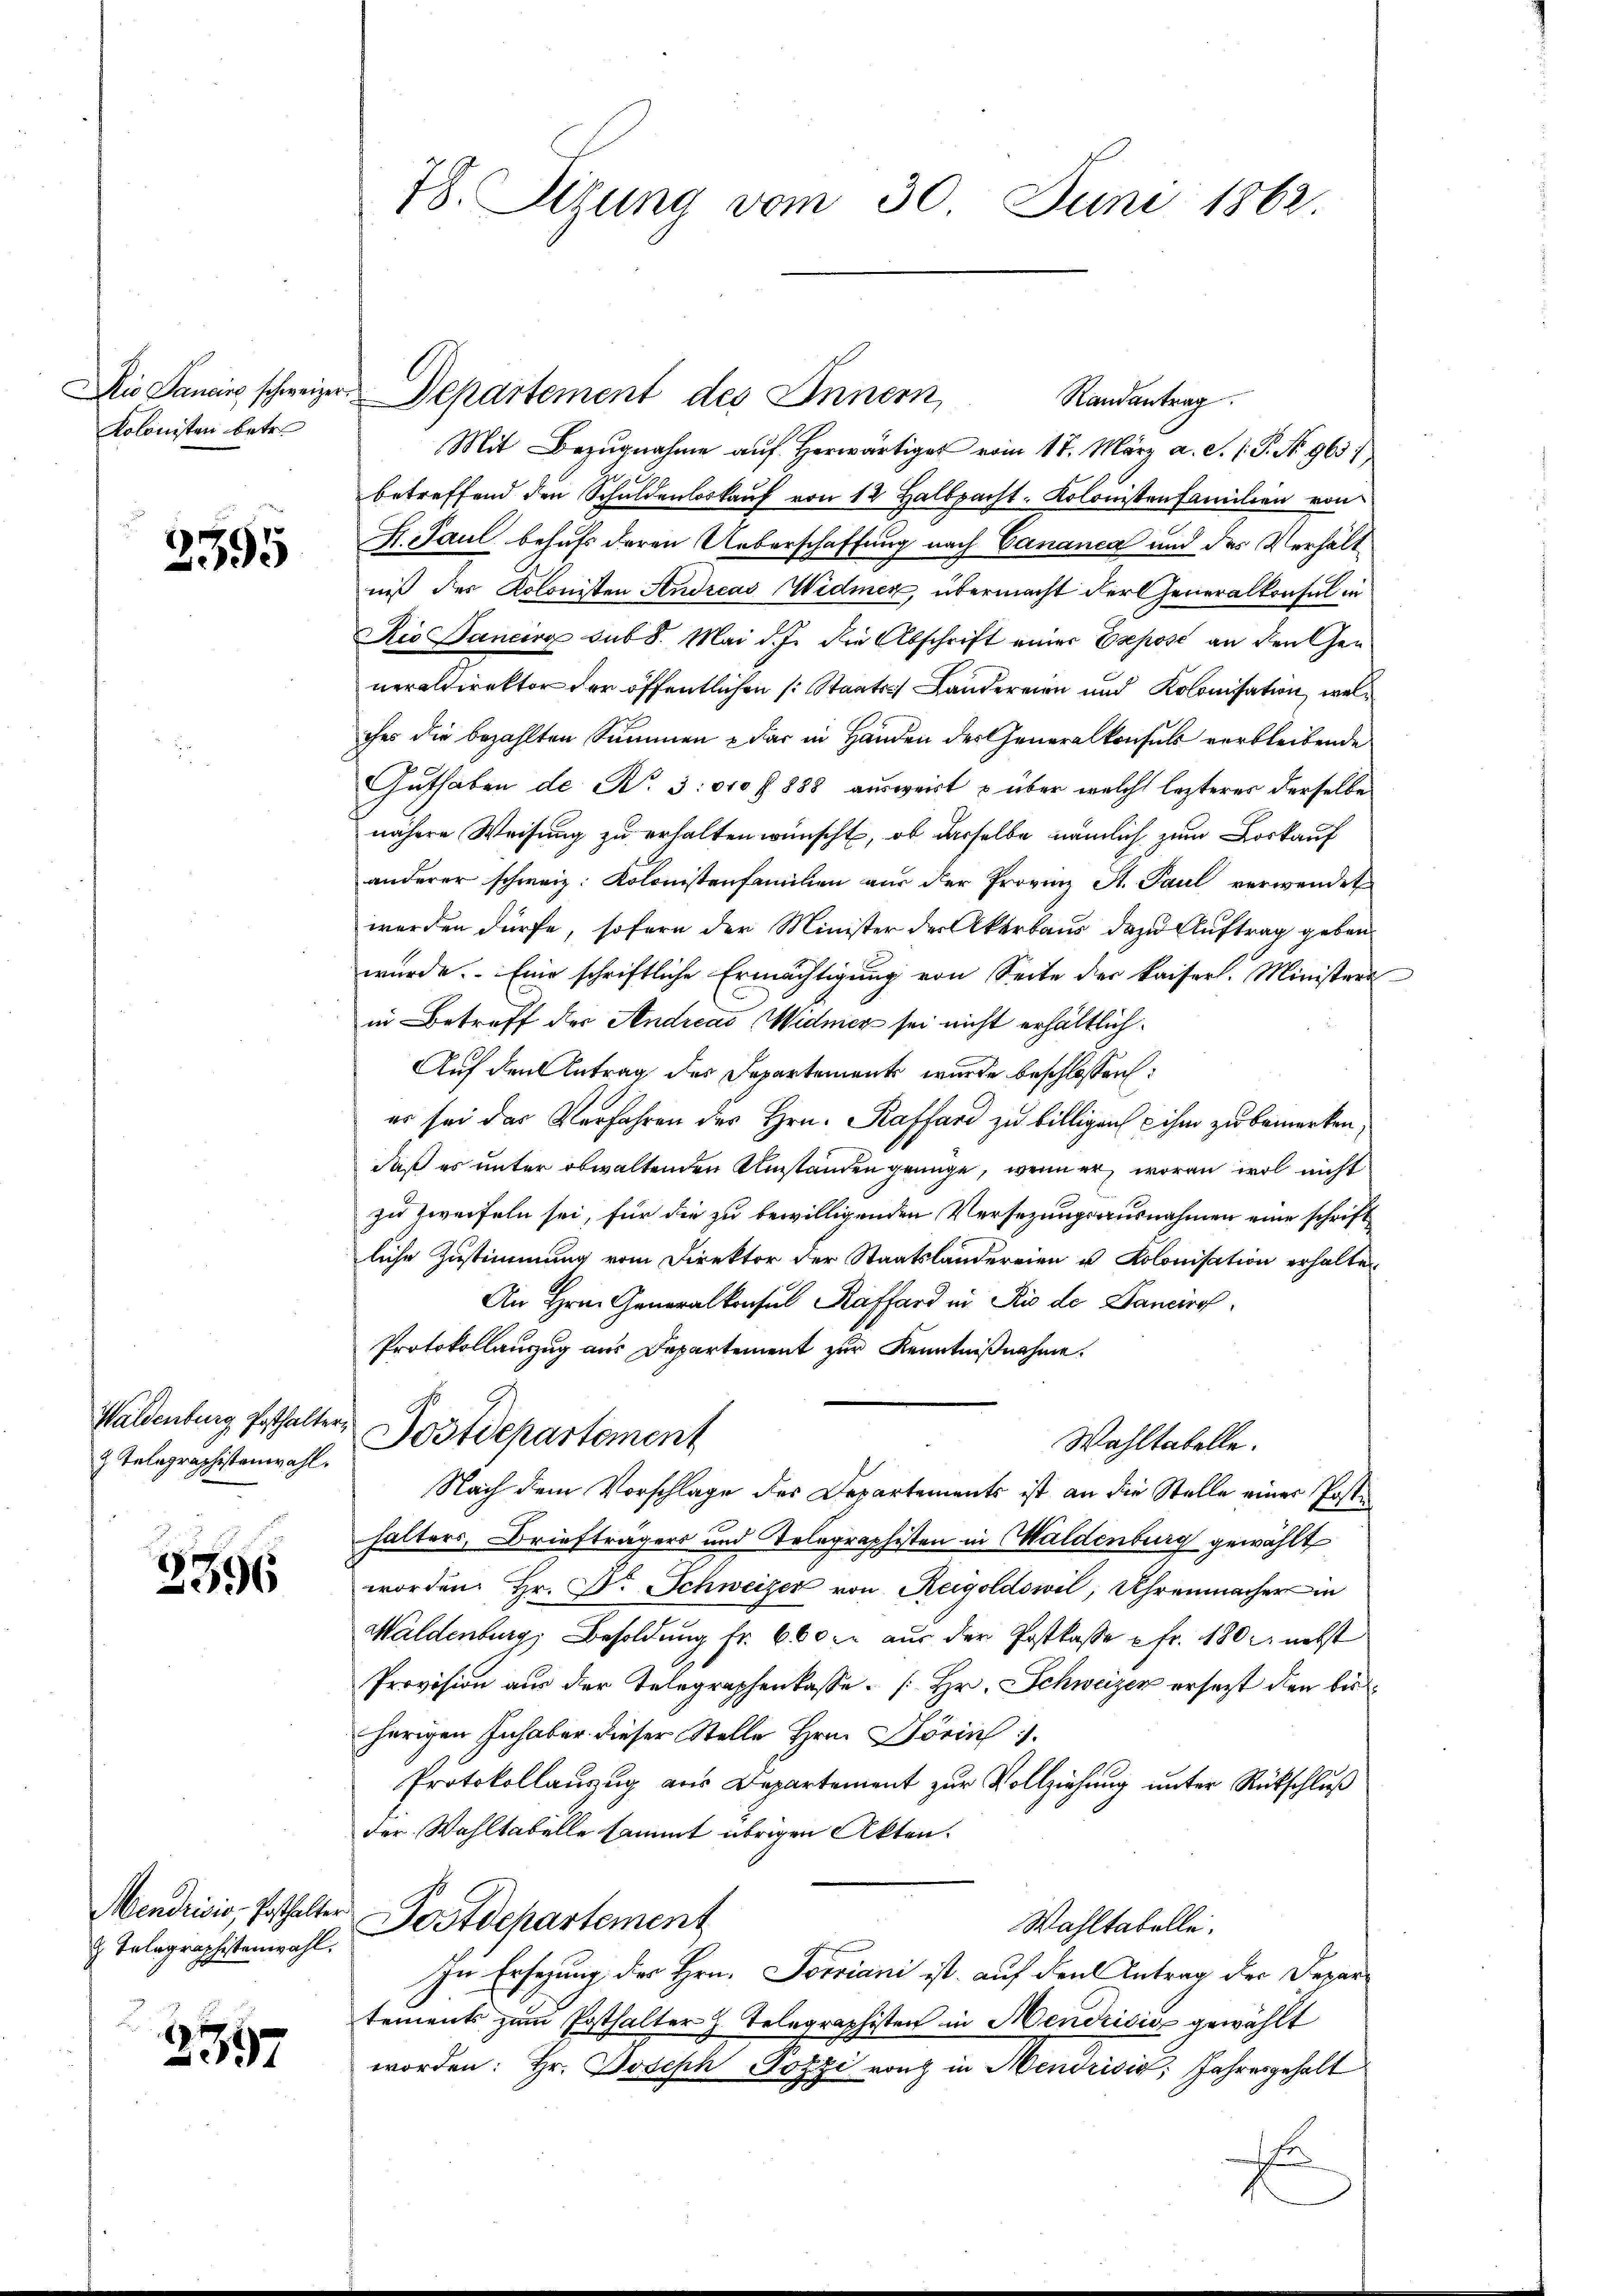
Kolonisten betr.

3395

Waldenburg Posthalter
& Telegraphistenwahl.

2396

Telegraphistenwahl.

2397

78. Situng vom 30. Juni 1862

Randantrag.
Mit Bezugnahme auf herwärtiges vom 17. März a. c. (T. N. 963),
betreffend den Schuldenloskauf von 12 Halbpacht. Kolonistenfamilien von
H. Paul behufs deren Ueberschaffung nach Cananea und des Verhältniß des Kolonisten Andreas Widmen, übermacht der Generalkonsul in
Rio Bancirg sub 8. Mai d. J. die Abschrift einer Exposé an den Generaldirektor der öffentlichen (: Staats- Landereien und Kolonisation, welches die bezahlten Summen & dar in Händen der Generalkonsuls verbleibende
Guthaben de No. 3. 610 f 888 ausweist & über welche lezteres derselbe
nähere Weisung zu erhalten wünscht, ob dasselbe nämlich zum Loskauf
anderer schweiz. Kolonistenfamilien aus der Provinz St. Paul verwendet
worden dürfe, sofern der Minister der Akerbaus dazu Auftrag gebenwurde. Eine schriftliche Ermächtigung von Seite der kaiserl. Ministeri
in Betreff der Andreas Widmer sei nicht erhältlich¬
Auf den Antrag des Departement wurde beschlossen:
er sei das Verfahren des Hrn. Kaffard zu billigen ihm zu bemerken,
daß es unter obwaltenden Umständen genüge, wenn er, woran wol nicht
zu zweifeln sei, für die zu bewilligenden Versezungsausnahmen eine schriftliche Zustimmung vom Direktor der Staatsländereien u Kolonisation erhalten
An Hrn. Generalkonsul Raffard in Rio de Daneiro
Protokollauszug aus Departement zur Kenntnißnahme.
Postdepartement
Wahltabelle.
Nach dem Vorschlage des Departements ist an die Stelle einer Postihalters, Briefträgers und Telegraphisten in Waldenburg gewählt
worden. Hr. Dr. Schweizer von Reigoldowil, Uhrenmacher in
Waldenburg, Besoldung fr. 600 c. aus der Postkasse fr. 180. nebst
Provision aus der Telegraphenkasse. Hr. Schweizer ersetzt den bisherigen Inhaber dieser Stelle Hrn. Jörin
Protokollanzug aus Departement zur Vollziehung unter Rückschluß
der Wahltabelle sammt übrigen Akten.
Mendrisis, Posthalter Postdepartement
Wahltabelle.
In Ersezung des Hrn. Sorviani ist auf den Antrag der Departements zum Posthalter h. Telegraphisten in Mendrisis gewählt
worden: Hr. Joseph Pozzi ranz in Mendrisis; Jahresgehalt
h

Die Pancise schweizer Departement des Innern,